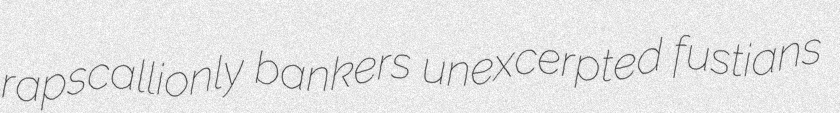
rapscallionly bankers unexcerpted fustians